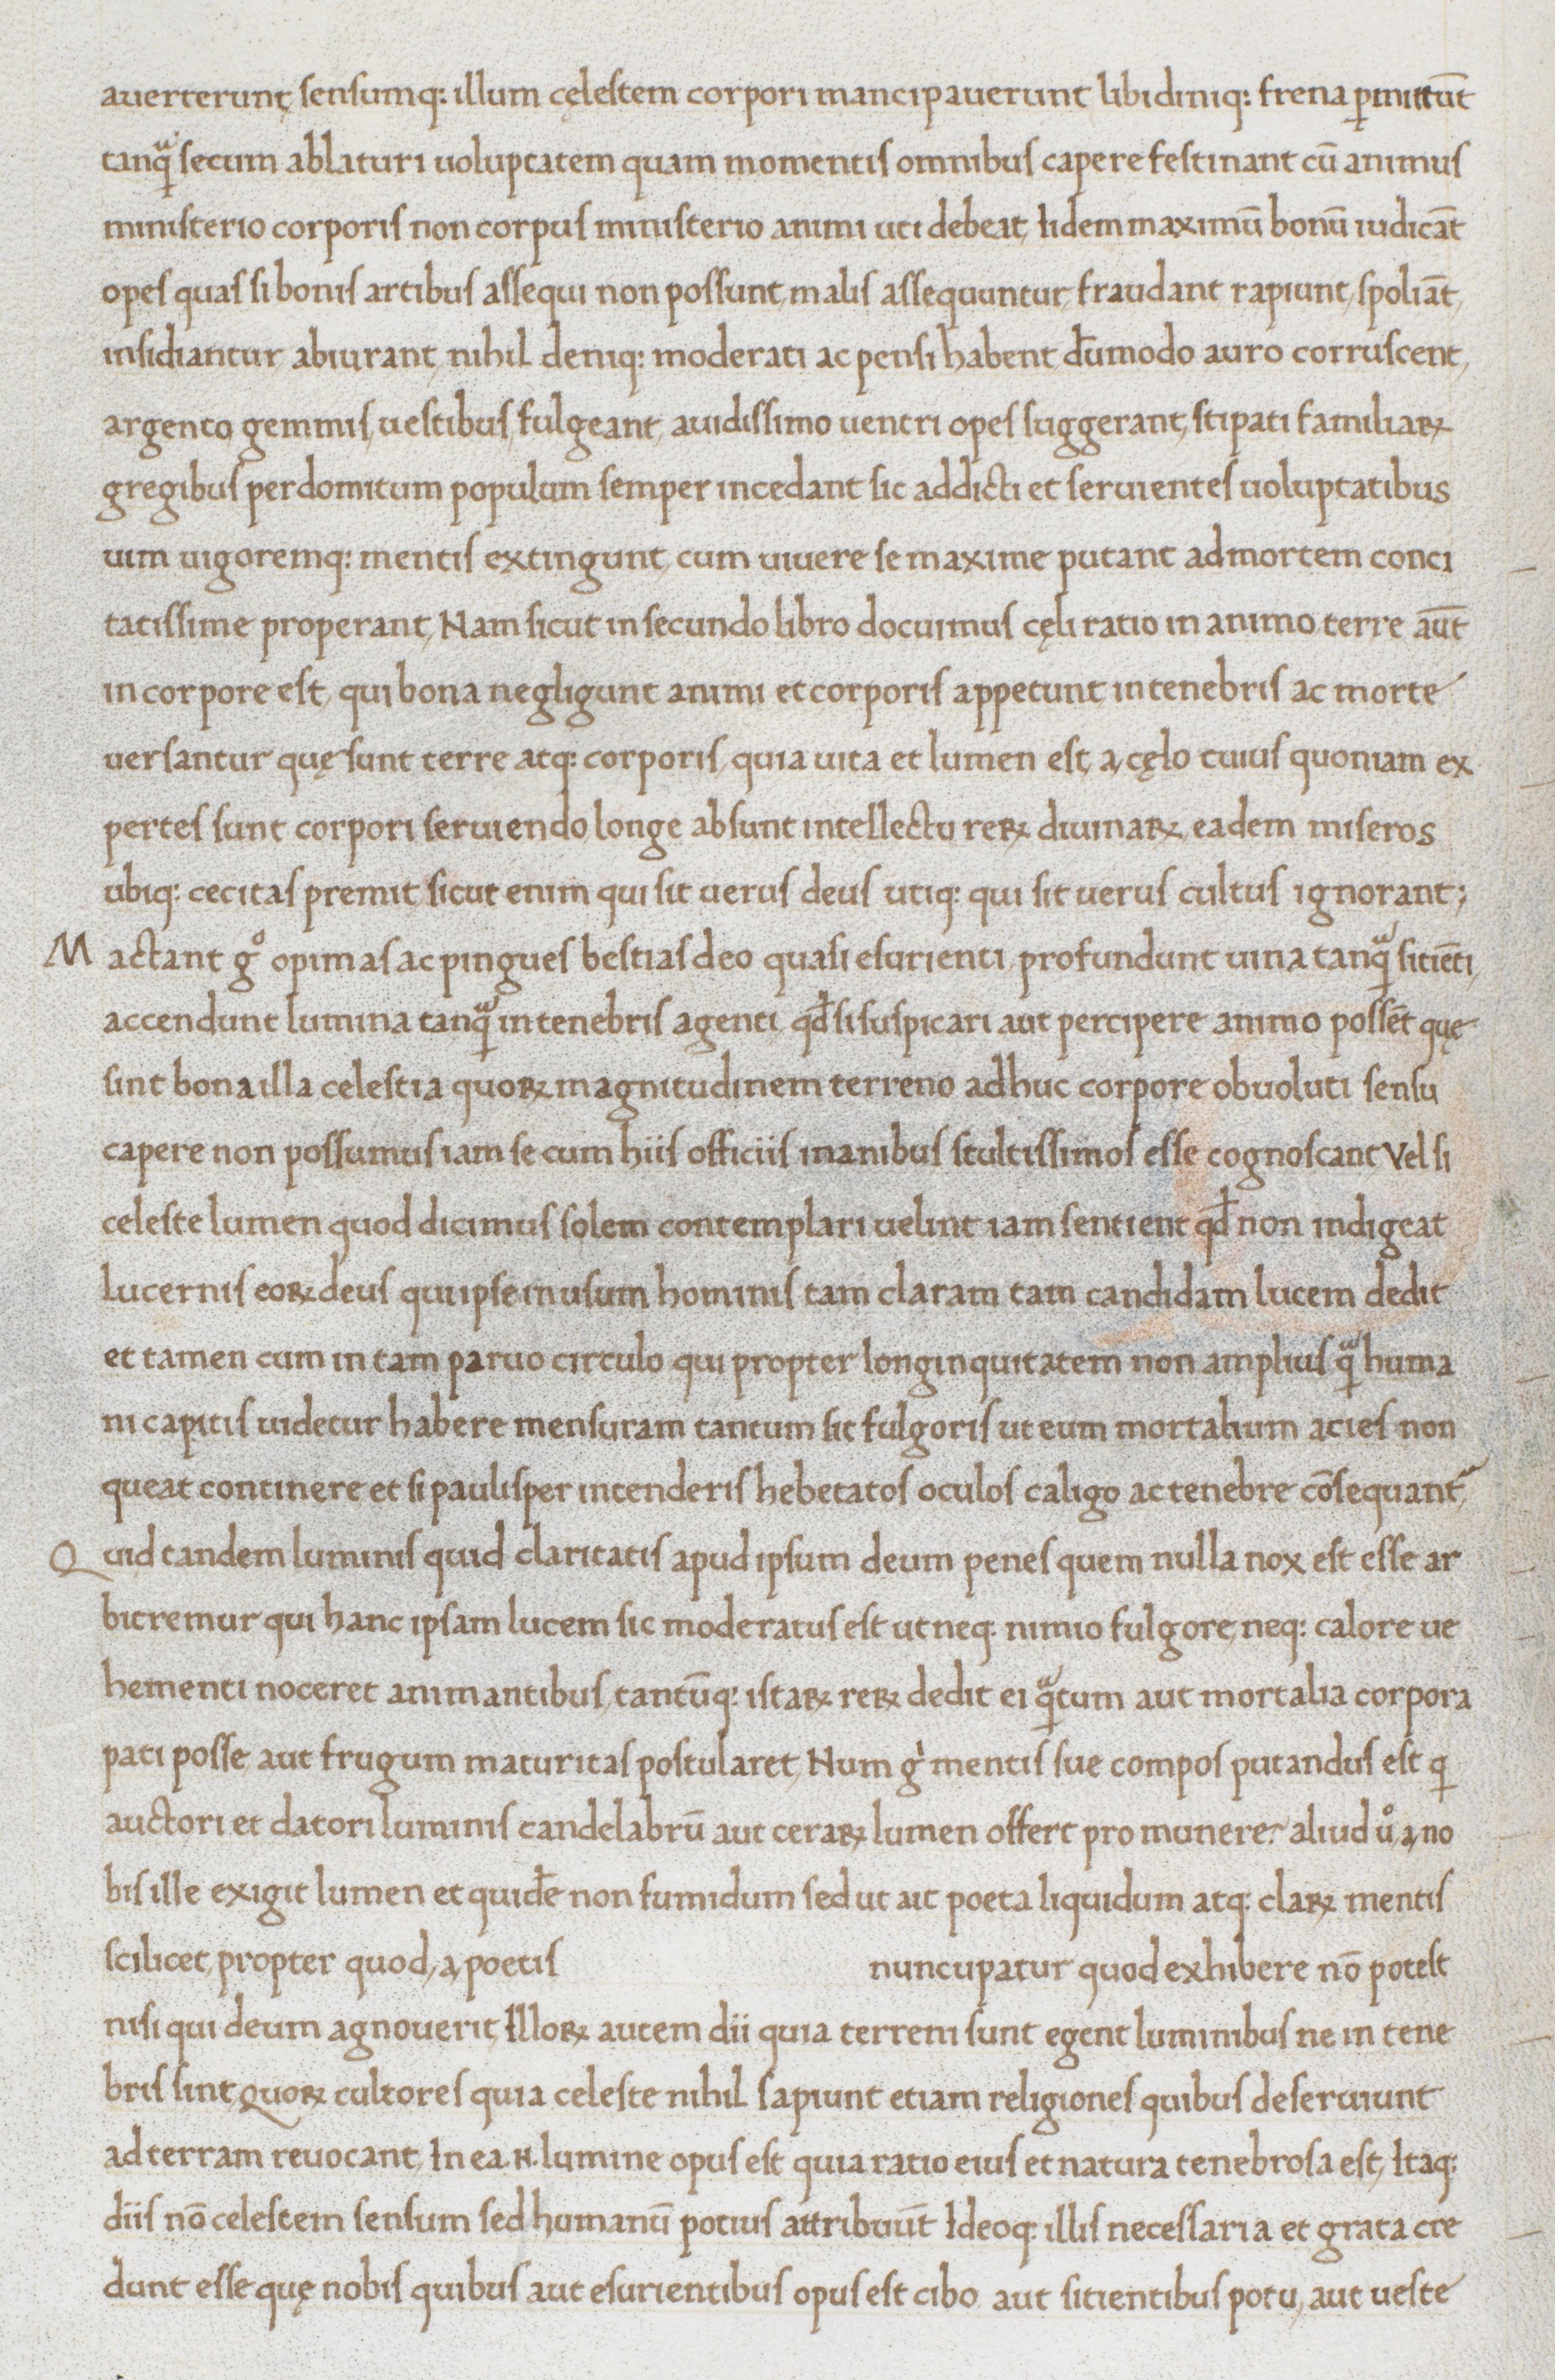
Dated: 1465–1475